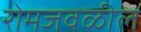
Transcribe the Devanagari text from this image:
रोमजवळील